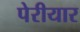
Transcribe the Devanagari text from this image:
पेरीयार